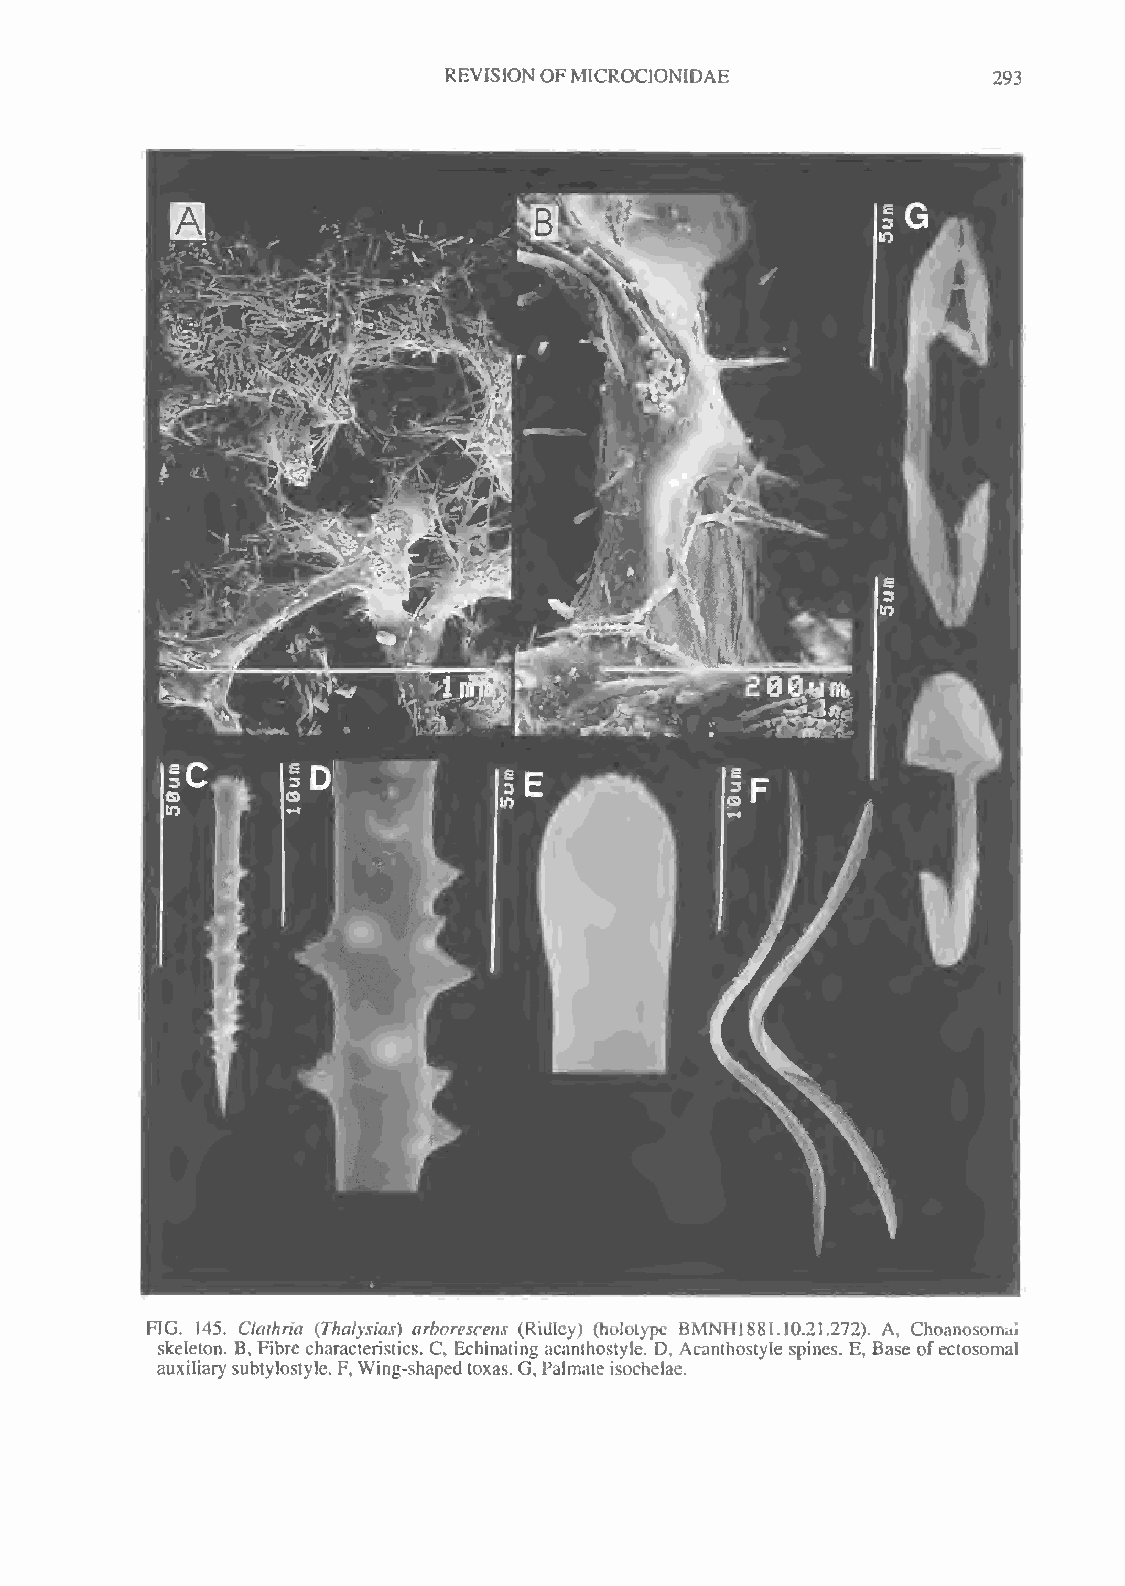
REVISIONOFMICROCION1DAE
 293
 FIG. 145. Claihria (Thalysias) arborescens (Ridley) (holotype BMNH1881.10.21.272). A, Choanosomai
 skeleton. B, Fibre characteristics. C, Echinaling acanthostyle. D, Acanthostyle spines. E, Base ofectosomal
 auxiliarysubtylostyle. F,Wing-shapedtoxas. G, Palmateisochelae.